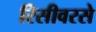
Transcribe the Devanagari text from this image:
रिसीवरसे